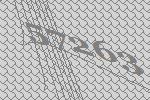
57263